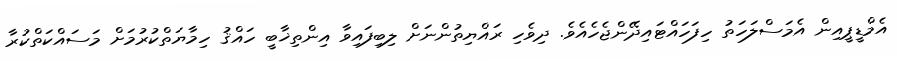
އެމްޑީޕީއިން އެމަސްލަހަތު ހިފަހައްޓައިދޭންޖެހެއެވެ. ދިވެހި ރައްޔިތުންނަށް ލިބިފައިވާ އިންތިޚާބީ ހައްޤު ހިމާޔަތްކުރުމަށް މަސައްކަތްކުރާ